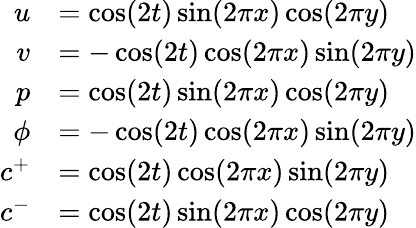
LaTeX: \begin{array}{rl}{u}&{=\cos(2t)\sin(2\pi x)\cos(2\pi y)}\\ {v}&{=-\cos(2t)\cos(2\pi x)\sin(2\pi y)}\\ {p}&{=\cos(2t)\sin(2\pi x)\cos(2\pi y)}\\ {\phi}&{=-\cos(2t)\cos(2\pi x)\sin(2\pi y)}\\ {c^{+}}&{=\cos(2t)\cos(2\pi x)\sin(2\pi y)}\\ {c^{-}}&{=\cos(2t)\sin(2\pi x)\cos(2\pi y)}\end{array}